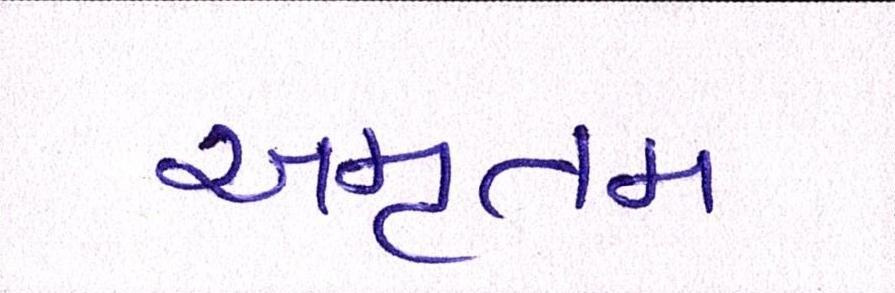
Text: અમૃતમ